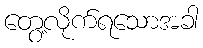
တွေ့လိုက်ရသောအခါ